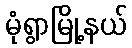
မုံရွာမြို့နယ်